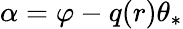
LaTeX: \alpha=\varphi-q(r)\theta_{*}